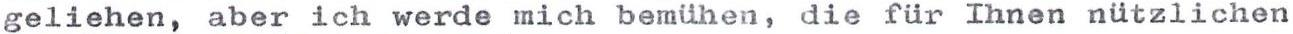
geliehen, aber ich werde mich bemühen, die für Ihnen nützlichen